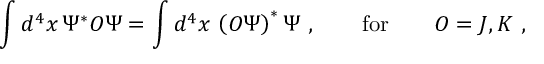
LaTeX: \int d ^ { 4 } x \, { \mit \Psi } ^ { \ast } { \cal O } { \mit \Psi } = \int d ^ { 4 } x \, \left( { \cal O } { \mit \Psi } \right) ^ { \ast } { \mit \Psi } \ , \qquad \mathrm { f o r } \qquad { \cal O } = J , K \ ,